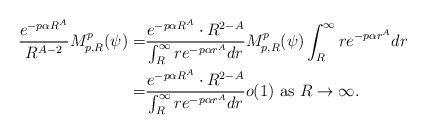
LaTeX: \begin{align*}\frac{e^{-p\alpha R^A}}{R^{A-2}}M_{p,R}^p(\psi)=&\frac{e^{-p\alpha R^A}\cdot R^{2-A}}{\int_R^\infty r e^{-p\alpha r^{A}}dr}M_{p,R}^p(\psi)\int_R^\infty r e^{-p\alpha r^{A}}dr\\=&\frac{e^{-p\alpha R^A}\cdot R^{2-A}}{\int_R^\infty r e^{-p\alpha r^{A}}dr} o(1)\hbox{ as } R\rightarrow\infty.\end{align*}